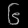
Digit: ၆